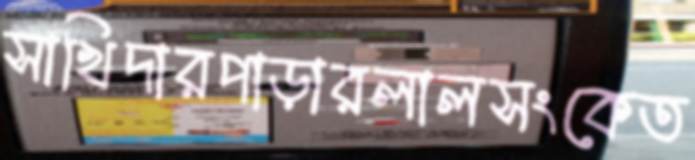
সাখিদারপাড়ারলালসংকেত